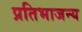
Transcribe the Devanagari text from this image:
प्रतिभाजन्य